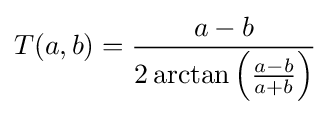
T(a,b)={\frac {a-b}{2\arctan \left({\frac {a-b}{a+b}}\right)}}